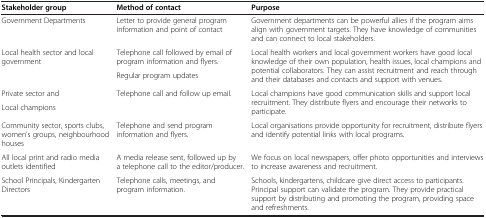
<table><thead><tr><td><b>Stakeholder group</b></td><td><b>Method of contact</b></td><td><b>Purpose</b></td></tr></thead><tbody><tr><td>Government Departments</td><td>Letter to provide general program information and point of contact</td><td>Government departments can be powerful allies if the program aims align with government targets. They have knowledge of communities and can connect to local stakeholders.</td></tr><tr><td rowspan="2">Local health sector and local government</td><td>Telephone call followed by email of program information and flyers.</td><td rowspan="2">Local health workers and local government workers have good local knowledge of their own population, health issues, local champions and potential collaborators. They can assist recruitment and reach through and their databases and contacts and support with venues.</td></tr><tr><td>Regular program updates</td></tr><tr><td>Private sector and</td><td rowspan="2">Telephone call and follow up email.</td><td rowspan="2">Local champions have good communication skills and support local recruitment. They distribute flyers and encourage their networks to participate.</td></tr><tr><td>Local champions</td></tr><tr><td>Community sector, sports clubs, women’s groups, neighbourhood houses</td><td>Telephone and send program information and flyers.</td><td>Local organisations provide opportunity for recruitment, distribute flyers and identify potential links with local programs.</td></tr><tr><td>All local print and radio media outlets identified</td><td>A media release sent, followed up by a telephone call to the editor/producer.</td><td>We focus on local newspapers, offer photo opportunities and interviews to increase awareness and recruitment.</td></tr><tr><td>School Principals, Kindergarten Directors</td><td>Telephone calls, meetings, and program information.</td><td>Schools, kindergartens, childcare give direct access to participants. Principal support can validate the program. They provide practical support by distributing and promoting the program, providing space and refreshments.</td></tr></tbody></table>